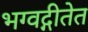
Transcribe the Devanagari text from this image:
भग्वद्गीतेत